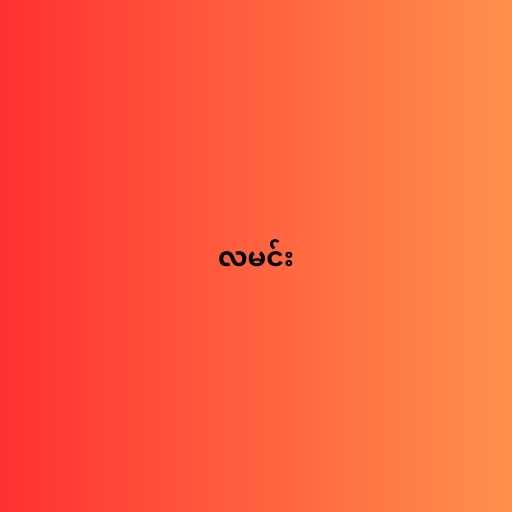
လမင်း